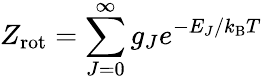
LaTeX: Z_{\mathrm{rot}}=\sum_{J=0}^{\infty}{g_{J}e^{-E_{J}/k_{\mathrm{B}}T\; }}